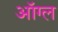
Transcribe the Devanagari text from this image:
ऑग्ल